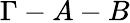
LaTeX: \Gamma-A-B